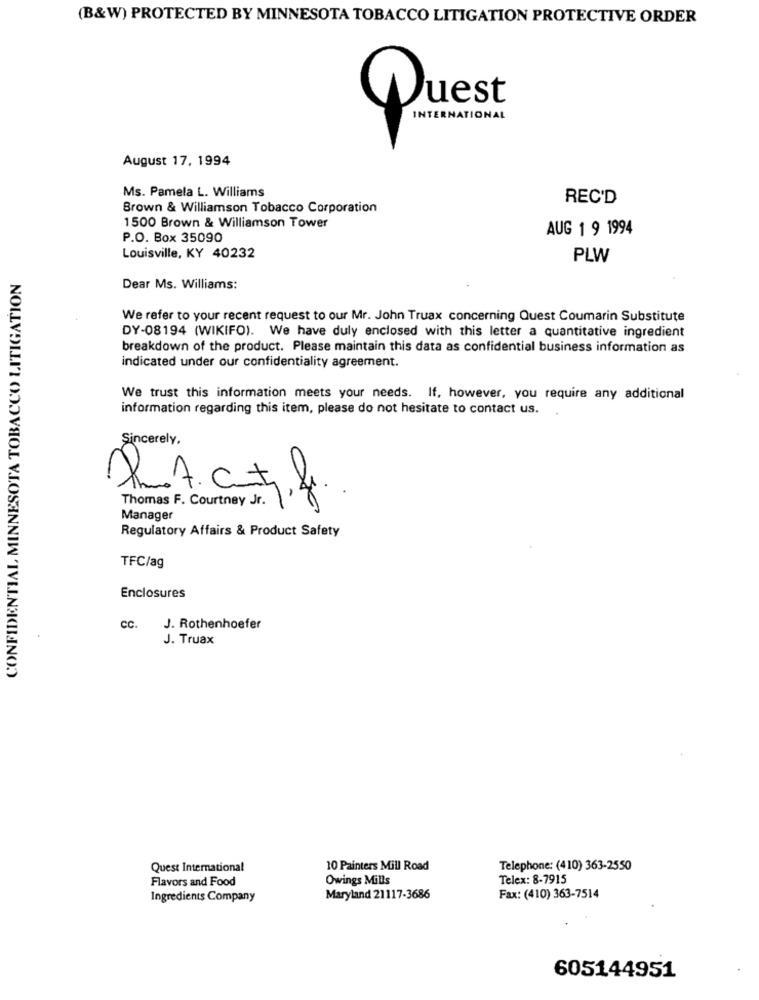
(B&W) PROTECTED BY MINNESOTA TOBACCO LITIGATION PROTECTIVE ORDER
Quest
INTERNATIONAL
August 17, 1994
Ms. Pamela L. Williams
REC'D
Brown & Williamson Tobacco Corporation
1500 Brown & Williamson Tower
AUG 1 9 1994
P.O. Box 35090
Louisville, KY 40232
PLW
CONFIDENTIAL MINNESOTA TOBACCO LITIGATION
Dear Ms. Williams:
We refer to your recent request to our Mr. John Truax concerning Quest Coumarin Substitute
DY-08194 (WIKIFO). We have duly enclosed with this letter a quantitative ingredient
breakdown of the product. Please maintain this data as confidential business information as
indicated under our confidentiality agreement.
We trust this information meets your needs. If, however, you require any additional
information regarding this item, please do not hesitate to contact us.
Sincerely.
ReActif
Thomas F. Courtney Jr.
Manager
Regulatory Affairs & Product Safety
TFC/ag
Enclosures
CC.
J. Rothenhoefer
J. Truax
Quest International
10 Painters Mill Road
Telephone: (410) 363-2550
Flavors and Food
Owings Mills
Telex: 8-7915
Ingredients Company
Maryland 21117-3686
Fax: (410) 363-7514
605144951